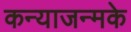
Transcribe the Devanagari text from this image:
कन्याजन्मके